Problem: 4 × 4 = ?
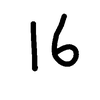
Handwritten answer: 16